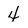
Character: 4